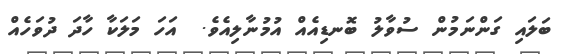
ބަލައި ގަންނަމުން ސުވާލު ބޮނޑިއެއް އުމުނާލިއެވެ.  އަހަ މަލަކާ ހާދަ ދުވަހެއް